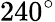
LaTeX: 240^{\circ}